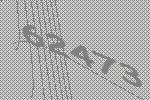
62473